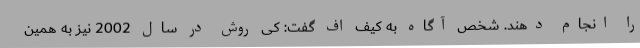
را انجام دهند. شخص آگاه به کیف اف گفت: کی روش در سال 2002 نیز به همین